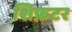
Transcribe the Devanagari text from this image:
शिफ़टर